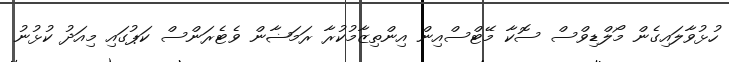
ހުޅުވާލައިގެން މޯލްޑިވްސް ސޮކާ މޭޓްސްއިން އިންތިޒާމުކުރާ ރަމަޟާން ވެޓެރަންސް ކަޕުގައި މިއަދު ކުޅުނު